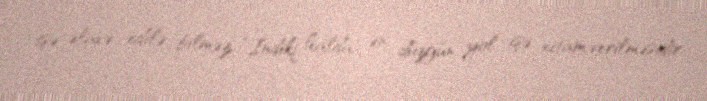
işə əlavə edilə bilməz: “İndiki halda ən düzgün yol işə xitam verilməsidir.